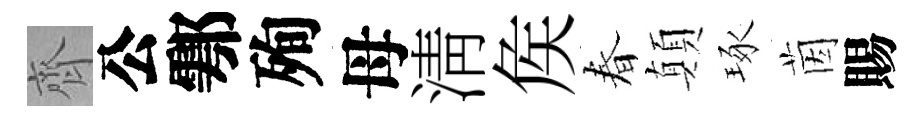
齊公鄠殉母淸矦春顛琢茵賜